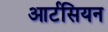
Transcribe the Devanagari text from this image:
आर्टसियन